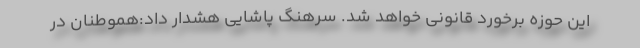
این حوزه برخورد قانونی خواهد شد. سرهنگ پاشایی هشدار داد:هموطنان در